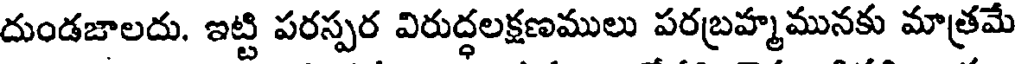
దుండజాలదు. ఇట్టి పరస్పర విరుద్ధలక్షణములు పరబ్రహ్మమునకు మాత్రమే